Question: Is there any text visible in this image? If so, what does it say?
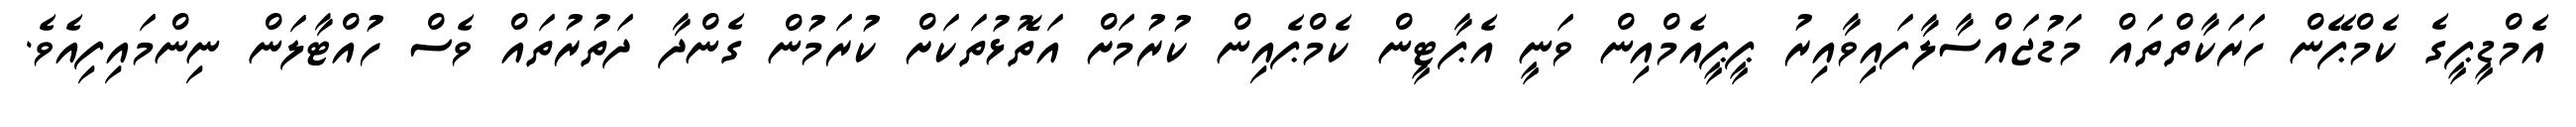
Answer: އެމްޑީޕީގެ ކެމްޕޭން ހަރަކާތްތައް މަޑުޖައްސާލާފައިވާއިރު ޕީޕީއެމްއިން ވަނީ އެޕާޓީން ކެމްޕެއިން ކުރުމަށް އަތޮޅުތަކަށް ކުރަމުން ގެންދާ ދަތުރުތައް ވެސް ހުއްޓާލަން ނިންމައިފިއެވެ.